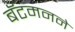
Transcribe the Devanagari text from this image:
बॅटमनने